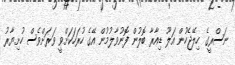
ނަސްރީގެ ހިލޭޖެހުން އަލޫ ޑިއާރާ ބޮލުން ފޮނުވާލުމުން އޭގެ ހުރަހަކަށްވީ ވަރަށްވެސް ހުށިޔާރު